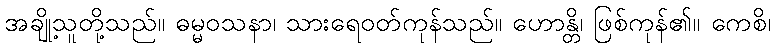
အချို့သူတို့သည်။ ဓမ္မဝသနာ၊ သားရေဝတ်ကုန်သည်။ ဟောန္တိ၊ ဖြစ်ကုန်၏။ ကေစိ၊